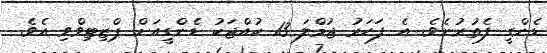
ޑެންގީ ފެތުރުނެވެ. އެ ފަހަރު ޖުމްލަ 13 ކުއްޖަކު ޑެންގީއަށް ޕްޒިޓިވްވި އެވެ.